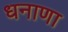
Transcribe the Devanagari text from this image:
धनाणा